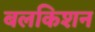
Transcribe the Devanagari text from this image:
बलकिशन